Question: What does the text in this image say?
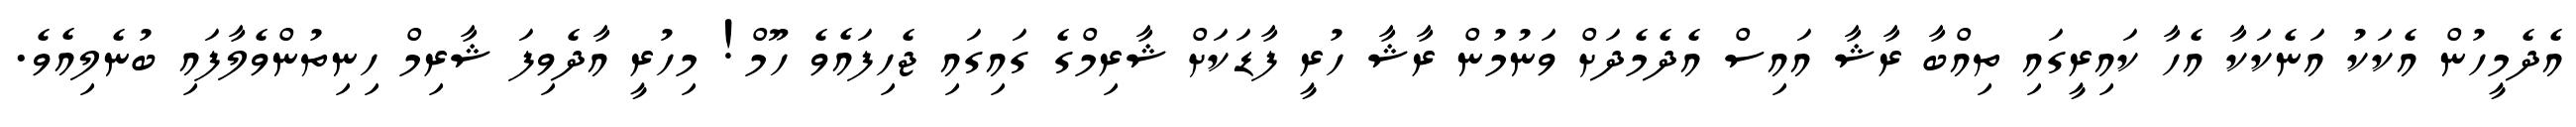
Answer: އެދެމީހުން އެކަކު އަނެކަކާ އެހާ ކައިރީގައި ތިއްބާ ރާޝާ އައިސް އެދެމެދަށް ވަނުމުން ރާޝާ ހުރީ ފާޑަކަށް ޝާރިމްގެ ގައިގައި ޖެހިފައެވެ ހޫމް! މިހުރީ އާދެވިފަ ޝާރިމް ހިނިތުންވެލާފައި ބުނެލިއެވެ.